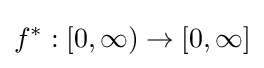
f^{\ast }:[0,\infty )\to [0,\infty ]